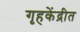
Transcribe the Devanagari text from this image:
गृहकेंद्रीत